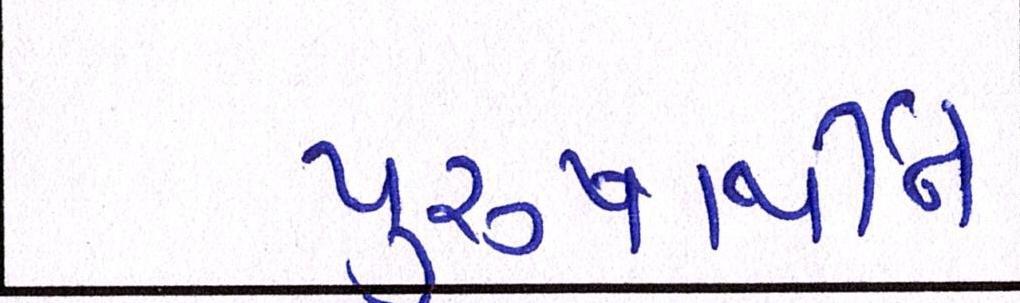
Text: પુરુષાર્થીને